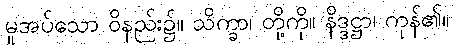
မူအပ်သော ဝိနည်း၌။ သိက္ခာ၊ တို့ကို။ နိဒ္ဒဋ္ဌာ၊ ကုန်၏။